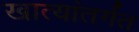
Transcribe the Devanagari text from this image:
खात्यांतर्गत